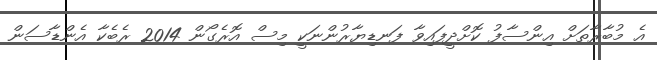
އެ މުބާރާތަށް އިންސާފު ކޮށްދީފައިވާ ފަނޑިޔާރުންނަކީ މިސް އޮރެގޯން 2014 ރެބެކާ އެންޑާސަން